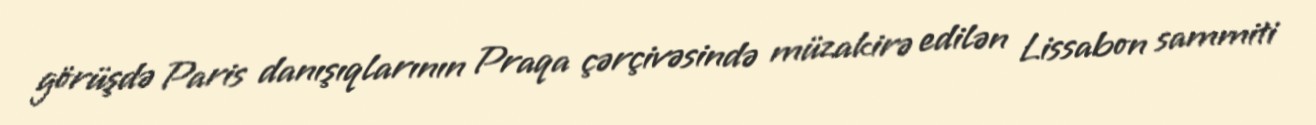
görüşdə Paris danışıqlarının Praqa çərçivəsində müzakirə edilən Lissabon sammiti